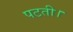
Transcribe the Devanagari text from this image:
पटती।